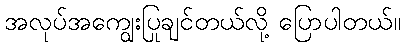
အလုပ်အကျွေးပြုချင်တယ်လို့ ပြောပါတယ်။